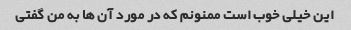
این خیلی خوب است ممنونم که در مورد آن ها به من گفتی